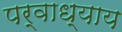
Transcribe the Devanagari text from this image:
पर्वाध्याय